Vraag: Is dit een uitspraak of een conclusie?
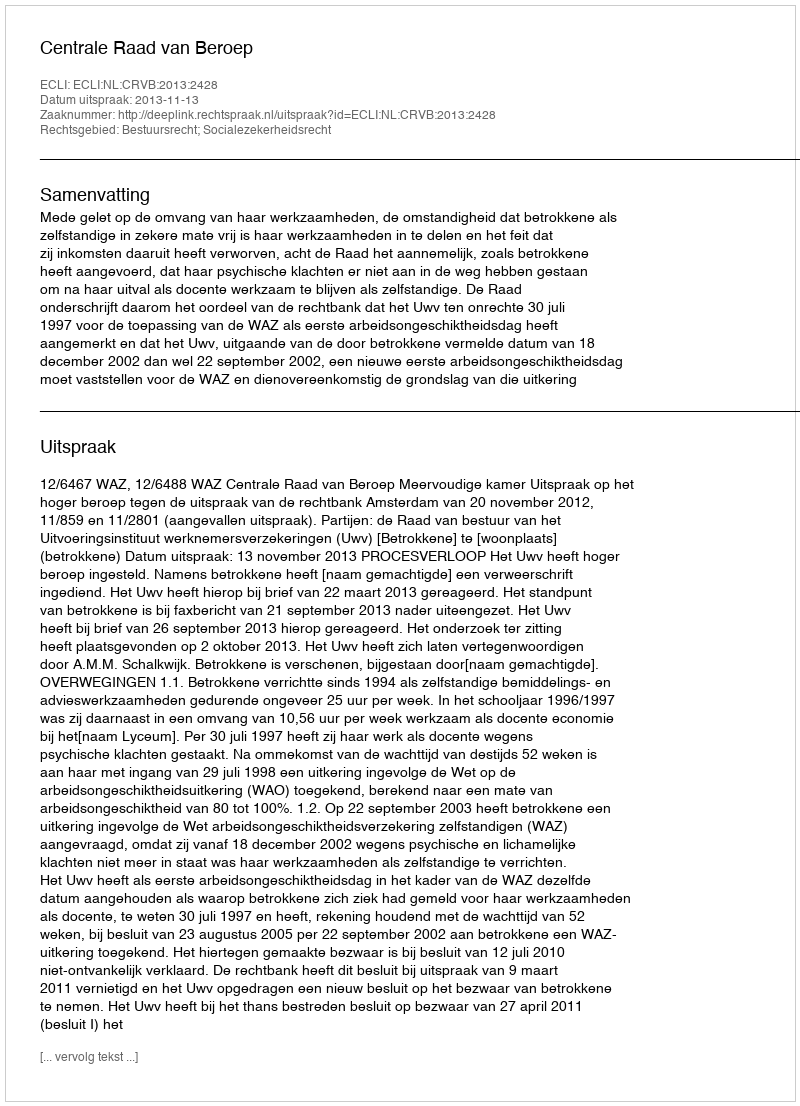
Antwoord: Uitspraak